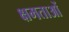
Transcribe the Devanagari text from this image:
क्षमताआें